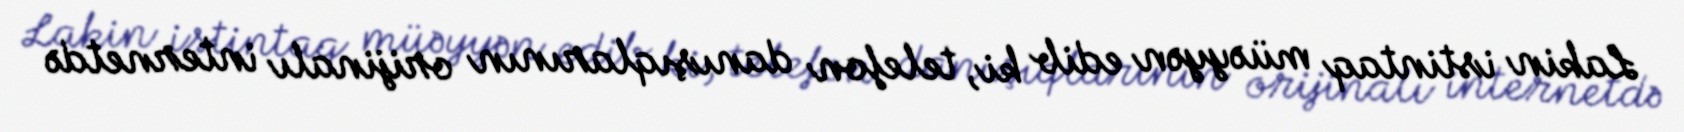
Lakin istintaq müəyyən edib ki, telefon danışıqlarının orijinalı internetdə